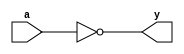
`timescale 1ns / 1ps
/////////////////////////////////////////////////////////////////
// Module Name: xup_inv
/////////////////////////////////////////////////////////////////
module xup_inv #(parameter DELAY = 3)(
    input wire a,
    output wire y
    );
    
    not #DELAY (y,a);
    
endmodule